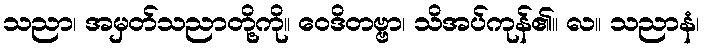
သညာ၊ အမှတ်သညာတို့ကို။ ဝေဒိတဗ္ဗာ၊ သိအပ်ကုန်၏။ လ။ သညာနံ၊